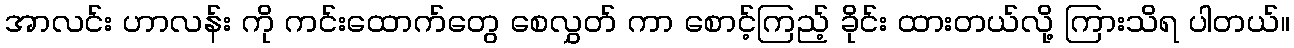
အာလင်း ဟာလန်း ကို ကင်းထောက်တွေ စေလွှတ် ကာ စောင့်ကြည့် ခိုင်း ထားတယ်လို့ ကြားသိရ ပါတယ်။